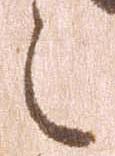
之